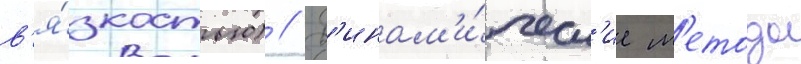
в'я́зкостью) // Д'инам'и́ческ'ие м'етоды